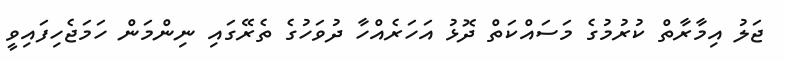
ޖަލު އިމާރާތް ކުރުމުގެ މަސައްކަތް ދޮޅު އަހަރެއްހާ ދުވަހުގެ ތެރޭގައި ނިންމަން ހަމަޖެހިފައިވީ